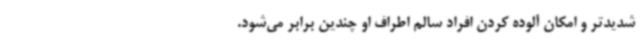
شدیدتر و امکان آلوده کردن افراد سالم اطراف او چندین برابر می‌شود.